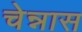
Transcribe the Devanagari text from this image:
चेन्नास